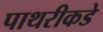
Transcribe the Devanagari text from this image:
पाथरीकडे